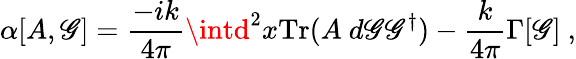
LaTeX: \alpha[A,\mathscr{G}]=\frac{{-ik}}{{4\pi}}\intd^{2}x\mathrm{{Tr}}(A~d\mathscr{G}\mathscr{G}^{\dagger})-\frac{{k}}{{4\pi}}\Gamma[\mathscr{G}]\ ,